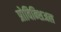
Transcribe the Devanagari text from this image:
प्रोविन्शिअल